NAE_Eesti_seltside_protokollid_1900-1917, lk 12
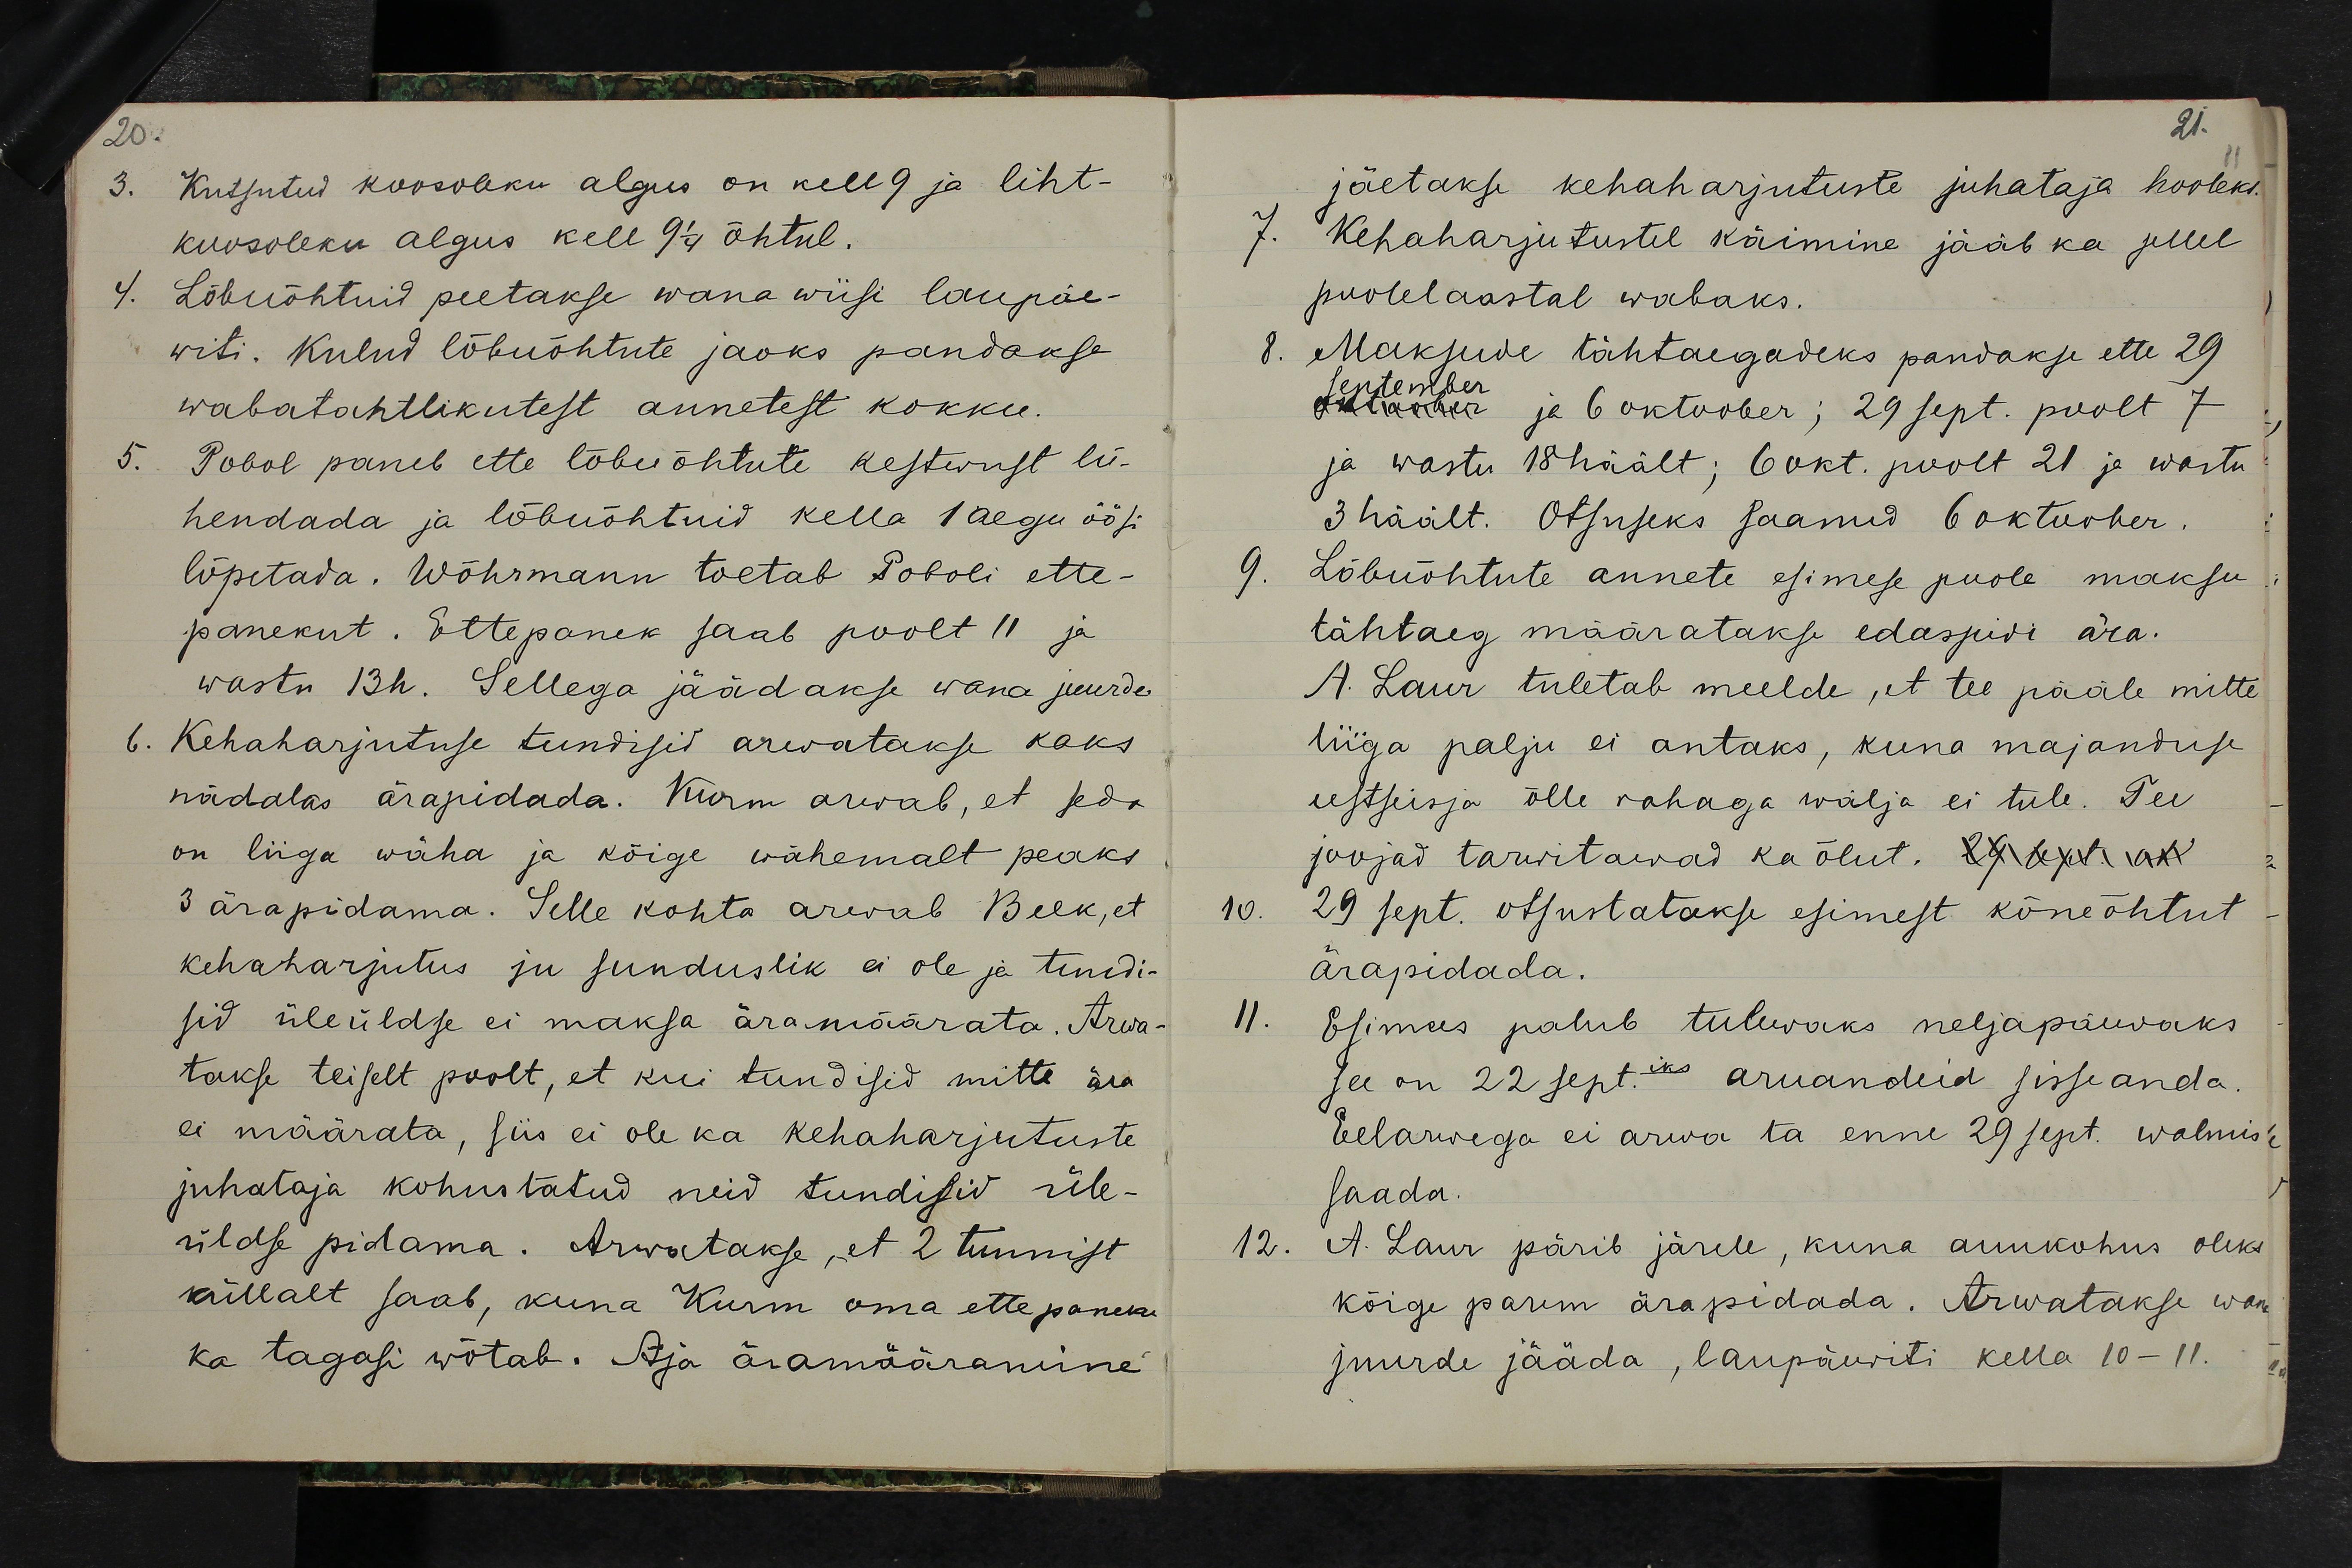
Kutsutud koosoleku algus on kell 9 ja liht-
koosoleku algus kell 9 1/4 õhtul.
Lõbuõhtuid peetakse wana wiisi laupäe-
witi. Kulud lõbuõhtute jaoks pandakse
wabatahtlikutest annetest kokku.
Pobol paneb ette lõbuõhtute kestwust lü-
hendada ja lõbuõhtuid kella 1 aegu öösi
lõpetada. Wõhrmann toetab Poboli ette-
panekut. Ettepanek saab poolt 11 ja
wastu 13h. Sellega jäädakse wana juurde
6. Kehaharjutuse tundisid arwatakse kaks
nädalas ärapidada. Kurm arwab, et seda
on liiga wäha ja kõige vähemalt peaks
3 ärapidama. Selle kohta arvab Beck, et
kehaharjutus ju sunduslik ei ole ja tundi-
sid üleüldse ei maksa äramäärata. Arwa-
takse teiselt poolt, et kui tundisid mitte ära
ei määrata, siis ei ole ka kehaharjutuste
juhataja kohustatud neid tundisid üle-
üldse pidama. Arwatakse, et 2 tunnist
küllalt saab, kuna Kurm oma ettepaneku
ka tagasi wõtab. Aja äramääramine

jäetakse kehaharjutuste juhataja hooleks.
Kehaharjutustel käimine jääb ka sellel
poolelaastal wabaks.
Maksude tähtaegadeks pandakse ette 29
oktoober ja 6 oktoober; 29 sept. poolt 7
ja wastu 18 häält; 6 okt. poolt 21 ja wastu
3 häält. Otsuseks saanud 6 oktoober.
Lõbuõhtute annete esimese poole maksu
tähtaeg määratakse edaspidi ära.
A. Laur tuletab meelde, et tee pääle mitte
liiga palju ei antaks, kuna majanduse
eestseisja õlle rahaga wälja ei tule. Tee
joojad tarwitawad ka õlut. 29 sept. ot
29 sept. otsustatakse esimest kõneõhtut
ärapidada.
Esimees palub tulewaks neljapäewaks
see on 22 septiks aruandeid sisseanda.
Eelarwega ei arwa ta enne 29 sept. walmis
saada.
12. A. Laur pärib järele, kuna auukohus oleks
kõige parim ärapidada. Arwatakse wana
juurde jääda, laupäewiti kella 10-11.